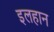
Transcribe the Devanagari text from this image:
इलहान